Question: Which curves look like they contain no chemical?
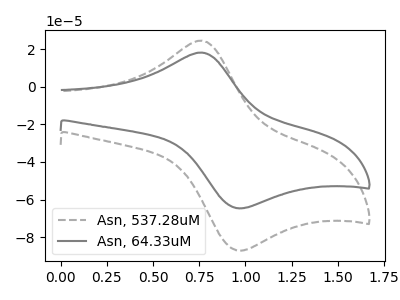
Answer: <think>The gray dashed curve "Asn, 537.28uM" has an anodic peak at (0.75V, 24.55uA) and a cathodic peak at (0.95V, -86.95uA). The gray curve "Asn, 64.33uM" has an anodic peak at (0.75V, 18.20uA) and a cathodic peak at (0.95V, -64.50uA).</think>
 <answer>There are not any CV's on this graph that are likely to be blanks.</answer>
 <eval>none</eval>